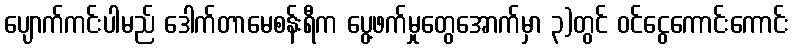
ပျောက်ကင်းပါမည် ဒေါက်တာမေစန်းရီက ပွေ့ဖက်မှုတွေအောက်မှာ ၃)တွင် ဝင်ငွေကောင်းကောင်း